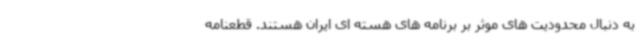
به دنبال محدودیت های موثر بر برنامه های هسته ای ایران هستند. قطعنامه